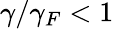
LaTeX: \gamma/\gamma_{F}<1